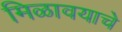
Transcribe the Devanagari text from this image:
मिळावयाचे